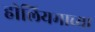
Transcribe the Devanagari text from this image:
हीलियमाच्या